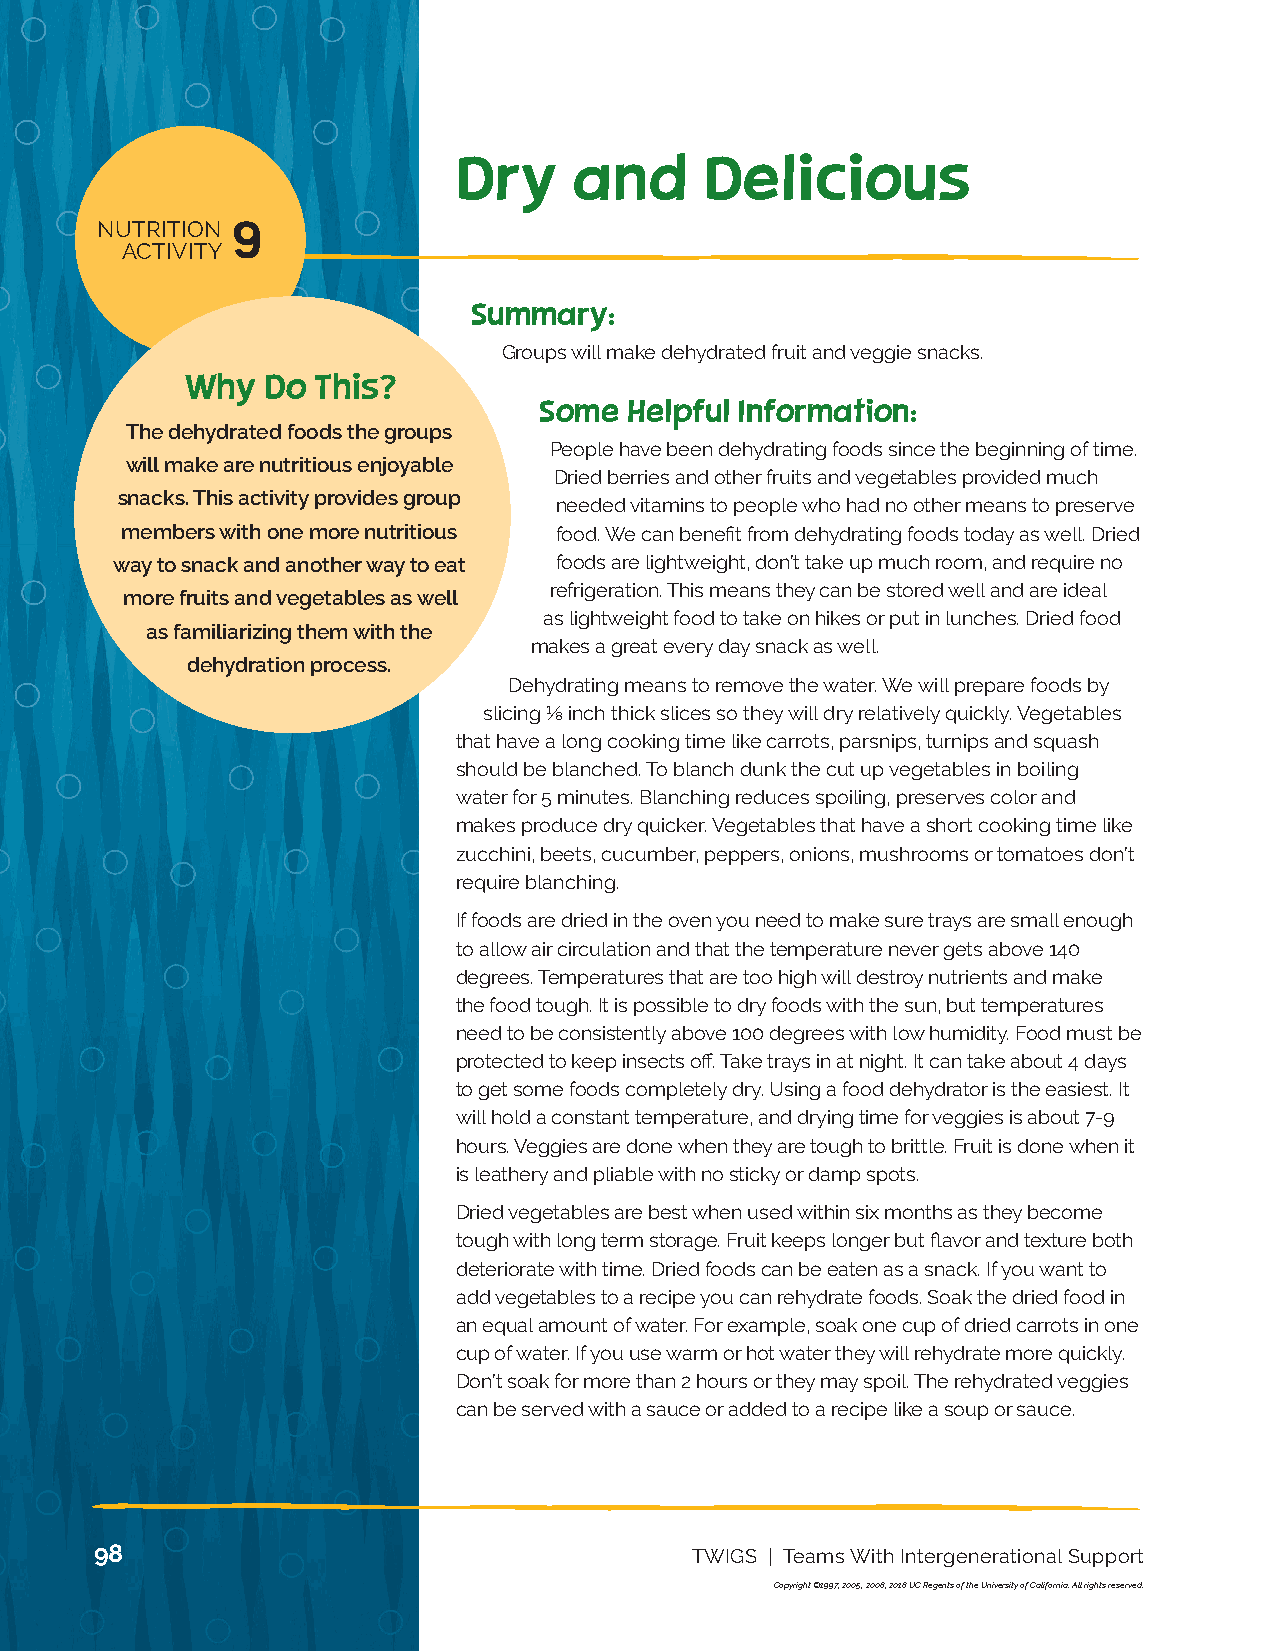
13 NUTRITION
 ACTIVITY
 Dry     and      Delicious
 NUTRITION 9
 ACTIVITY
 Summary:
 Groups will make dehydrated fruit and veggie snacks.
 Why   Do This?
 Some  Helpful Information:
 The dehydrated foods the groups
 People have been dehydrating foods since the beginning of time.
 will make are nutritious enjoyable
 Dried berries and other fruits and vege tables provided much
 snacks. This activity provides group
 needed vitamins to people who had no other means to preserve
 members with one more nutritious food. We can benefit from dehydrating foods today as well. Dried
 way to snack and another way to eat foods are lightweight, don’t take up much room, and require no
 refrigeration. This means they can be stored well and are ideal
 more fruits and vegetables as well
 as lightweight food to take on hikes or put in lunches. Dried food
 as familiarizing them with the
 makes a great every day snack as well.
 dehydration process.
 Dehydrating means to remove the water. We will prepare foods by
 slicing ⅛ inch thick slices so they will dry relatively quickly. Vegetables
 that have a long cooking time like carrots, parsnips, turnips and squash
 should be blanched. To blanch dunk the cut up vegetables in boiling
 water for 5 minutes. Blanching reduces spoiling, preserves color and
 makes produce dry quicker. Vegetables that have a short cooking time like
 zucchini, beets, cucumber, peppers, onions, mushrooms or tomatoes don’t
 require blanching.
 If foods are dried in the oven you need to make sure trays are small enough
 to allow air circulation and that the temperature never gets above 140
 degrees. Temperatures that are too high will destroy nutrients and make
 the food tough. It is possible to dry foods with the sun, but temperatures
 need to be consistently above 100 degrees with low humidity. Food must be
 protected to keep insects off. Take trays in at night. It can take about 4 days
 to get some foods completely dry. Using a food dehydrator is the easiest. It
 will hold a constant temperature, and drying time for veggies is about 7-9
 hours. Veggies are done when they are tough to brittle. Fruit is done when it
 is leathery and pliable with no sticky or damp spots.
 Dried vegetables are best when used within six months as they become
 tough with long term storage. Fruit keeps longer but flavor and texture both
 deteriorate with time. Dried foods can be eaten as a snack. If you want to
 add vegetables to a recipe you can rehydrate foods. Soak the dried food in
 an equal amount of water. For example, soak one cup of dried carrots in one
 cup of water. If you use warm or hot water they will rehydrate more quickly.
 Don’t soak for more than 2 hours or they may spoil. The rehydrated veggies
 can be served with a sauce or added to a recipe like a soup or sauce.
 98                                      TWIGS | Teams With Intergenerational Support
 Copyright ©1997, 2005, 2008, 2018 UC Regents of the University of California. All rights reserved.